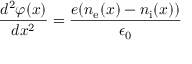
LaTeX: { \frac { d ^ { 2 } \varphi ( x ) } { d x ^ { 2 } } } = { \frac { e ( n _ { \mathrm { e } } ( x ) - n _ { \mathrm { i } } ( x ) ) } { \epsilon _ { 0 } } }